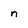
Character: n